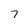
Character: 7